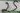
Text: 25